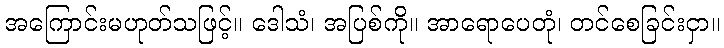
အကြောင်းမဟုတ်သဖြင့်။ ဒေါသံ၊ အပြစ်ကို။ အာရောပေတုံ၊ တင်စေခြင်းငှာ။